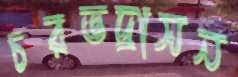
চরভদ্রাসন